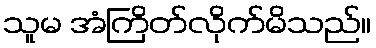
သူမ အံကြိတ်လိုက်မိသည်။